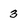
Character: 3